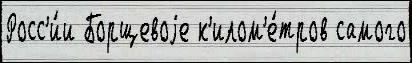
Росс'и́и Борщевоjе к'илом'е́тров самого